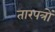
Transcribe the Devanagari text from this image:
तारपत्रों